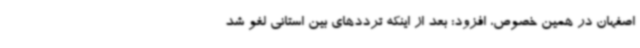
اصفهان در همین خصوص، افزود: بعد از اینکه ترددهای بین استانی لغو شد